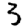
Digit: 3